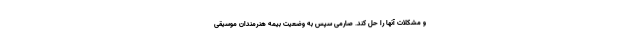
و مشکلات آنها را حل کند. صارمی سپس به وضعیت بیمه هنرمندان موسیقی